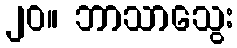
၂၀။ ဘာသာသွေး